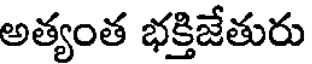
అత్యంత భక్తిజేతురు